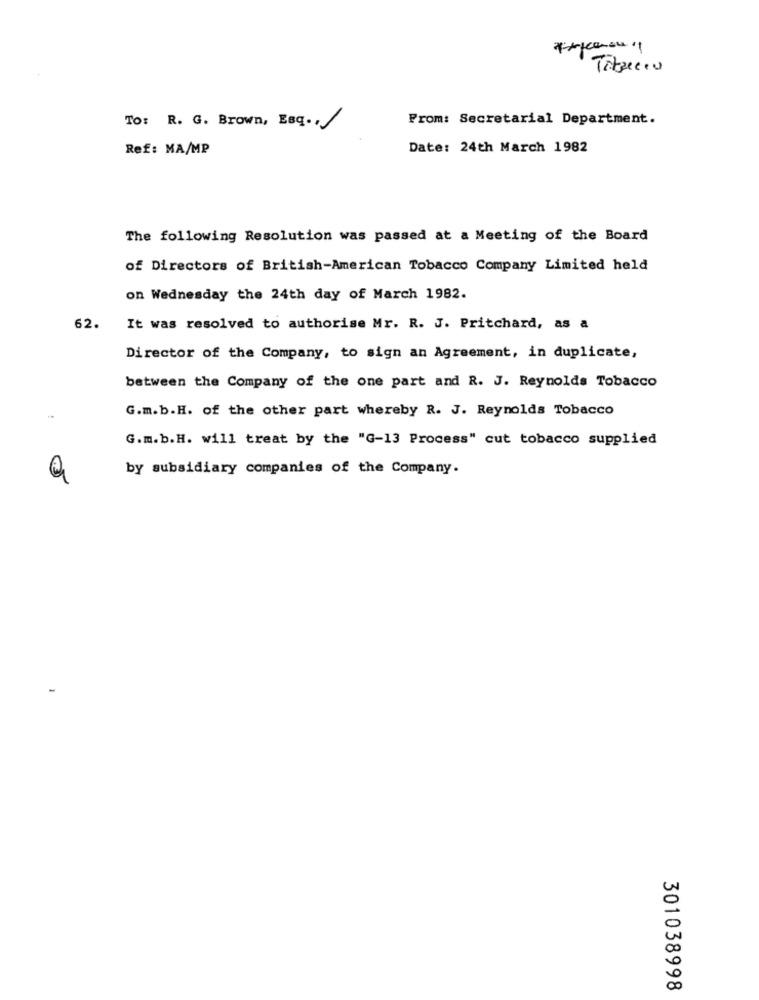
Titzecio
From: Secretarial Department.
To: R. G. Brown, Esq ..
Ref: MA/MP
Date: 24th March 1982
The following Resolution was passed at a Meeting of the Board
of Directors of British-American Tobacco Company Limited held
on Wednesday the 24th day of March 1982.
62.
It was resolved to authorise Mr. R. J. Pritchard, as a
Director of the Company, to sign an Agreement, in duplicate,
between the Company of the one part and R. J. Reynolds Tobacco
G.m.b.H. of the other part whereby R. J. Reynolds Tobacco
G.m.b.H. will treat by the "G-13 Process" cut tobacco supplied
by subsidiary companies of the Company.
301038998